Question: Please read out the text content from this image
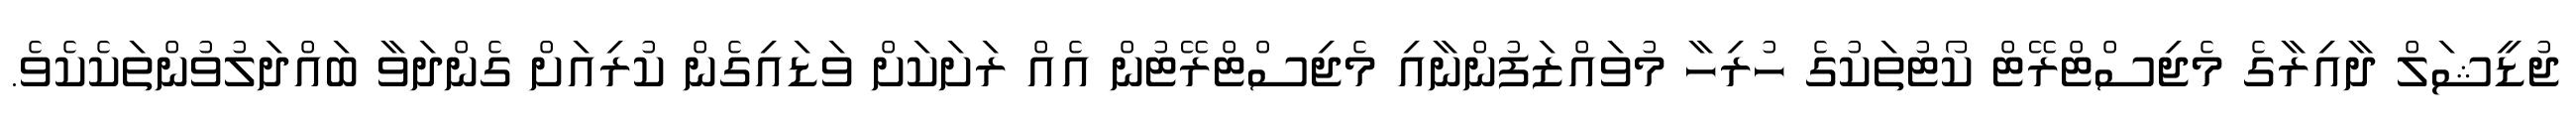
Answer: ޖުޑީޝަލް ދާއިރާގެ މެޖިސްޓްރޭޓް ކޯޓުތަކުގެ ހުރިހާ މުވައްޒަފުންނާއި މެޖިސްޓްރޭޓުން އެއް ރަށަކަށް ވަޑައިގެން ކުރިއަށް ގެންދަވާ ބައްދަލުވުންތަކެކެވެ.